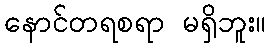
နောင်တရစရာ မရှိဘူး။